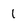
Character: 1